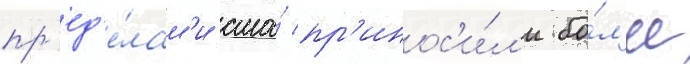
пр'ед'е́лам'и сша́ пр'инос'и́л'и бо́л'ее